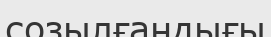
созылғандығы